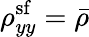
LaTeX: \rho_{yy}^{\mathrm{sf}}=\bar{\rho}